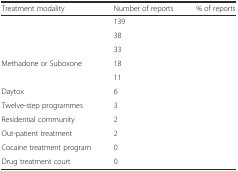
<table><thead><tr><td><b>Treatment modality</b></td><td><b>Number of reports</b></td><td><b>% of reports</b></td></tr></thead><tbody><tr><td>[EMPTY_CELL]</td><td>139</td><td>[EMPTY_CELL]</td></tr><tr><td>[EMPTY_CELL]</td><td>38</td><td>[EMPTY_CELL]</td></tr><tr><td>[EMPTY_CELL]</td><td>33</td><td>[EMPTY_CELL]</td></tr><tr><td>Methadone or Suboxone</td><td>18</td><td>[EMPTY_CELL]</td></tr><tr><td>[EMPTY_CELL]</td><td>11</td><td>[EMPTY_CELL]</td></tr><tr><td>Daytox</td><td>6</td><td>[EMPTY_CELL]</td></tr><tr><td>Twelve-step programmes</td><td>3</td><td>[EMPTY_CELL]</td></tr><tr><td>Residential community</td><td>2</td><td>[EMPTY_CELL]</td></tr><tr><td>Out-patient treatment</td><td>2</td><td>[EMPTY_CELL]</td></tr><tr><td>Cocaine treatment program</td><td>0</td><td>[EMPTY_CELL]</td></tr><tr><td>Drug treatment court</td><td>0</td><td>[EMPTY_CELL]</td></tr></tbody></table>